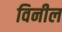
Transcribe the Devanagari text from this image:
विनील